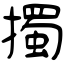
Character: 擉